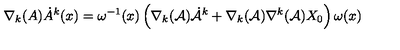
\nabla _ { k } ( A ) \dot { A } ^ { k } ( x ) = \omega ^ { - 1 } ( x ) \left( \nabla _ { k } ( { \cal A } ) { \dot { \cal A } } ^ { k } + \nabla _ { k } ( { \cal A } ) \nabla ^ { k } ( { \cal A } ) X _ { 0 } \right) \omega ( x )